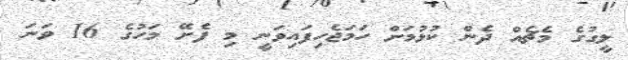
ލީގުގެ މެޗެއް ދެން ކުޅުމަށް ހަމަޖެހިފައިވަނީ މި ފެށޭ މަހުގެ 16 ވަނަ